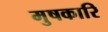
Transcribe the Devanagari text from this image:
मुषकारि